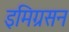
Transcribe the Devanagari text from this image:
इमिग्रसन